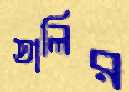
তালির